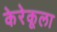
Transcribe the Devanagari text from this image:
केरेकूला